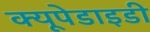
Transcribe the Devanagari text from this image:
क्यूपेडाइडी